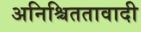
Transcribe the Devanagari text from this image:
अनिश्चिततावादी